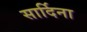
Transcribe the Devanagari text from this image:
सार्दिना